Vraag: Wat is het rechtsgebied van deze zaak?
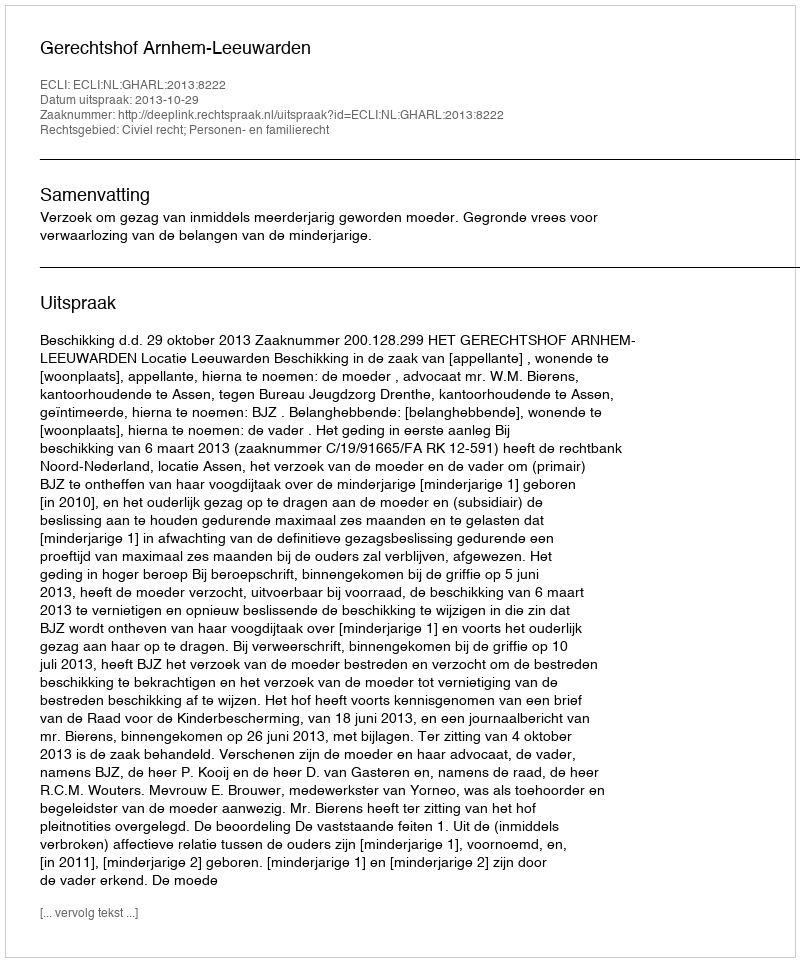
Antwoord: Civiel recht; Personen- en familierecht